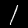
Digit: 1